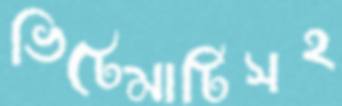
ভিটেমাটিসহ